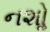
નશોૢ